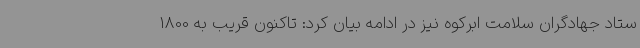
ستاد جهادگران سلامت ابرکوه نیز در ادامه بیان کرد: تاکنون قریب به 1800